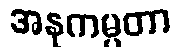
အနုကမ္ပတာ